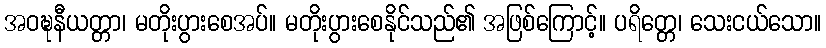
အဝဍ္ဎနီယတ္တာ၊ မတိုးပွားစေအပ်။ မတိုးပွားစေနိုင်သည်၏ အဖြစ်ကြောင့်။ ပရိတ္တေ၊ သေးငယ်သော။